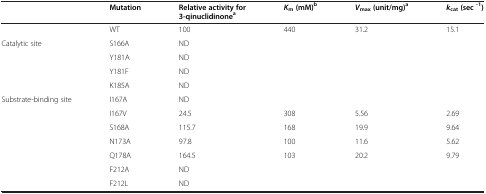
|  | Mutation | Relative activity for 3-qinuclidinonea | Km(mM)b | Vmax(unit/mg)a | kcat(sec-1) |
 | --- | --- | --- | --- | --- | --- |
 |  | WT | 100 | 440 | 31.2 | 15.1 |
 | Catalytic site | S166A | ND |  |  |  |
 |  | Y181A | ND |  |  |  |
 |  | Y181F | ND |  |  |  |
 |  | K185A | ND |  |  |  |
 | Substrate-binding site | I167A | ND |  |  |  |
 |  | I167V | 24.5 | 308 | 5.56 | 2.69 |
 |  | S168A | 115.7 | 168 | 19.9 | 9.64 |
 |  | N173A | 97.8 | 100 | 11.6 | 5.62 |
 |  | Q178A | 164.5 | 103 | 20.2 | 9.79 |
 |  | F212A | ND |  |  |  |
 |  | F212L | ND |  |  |  |